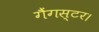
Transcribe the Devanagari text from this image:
गैंगस्टर।